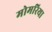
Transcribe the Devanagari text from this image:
मोमरिया